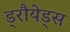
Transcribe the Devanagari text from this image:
ड्रौयेड्स